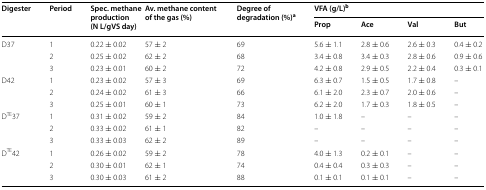
<table><thead><tr><td rowspan="2"><b>Digester</b></td><td rowspan="2"><b>Period</b></td><td rowspan="2"><b>Spec. methane production (N L/gVS day)</b></td><td rowspan="2"><b>Av. methane content of the gas (%)</b></td><td rowspan="2"><b>Degree of degradation (%)<sup>a</sup></b></td><td colspan="4"><b>VFA (g/L)<sup>b</sup></b></td></tr><tr><td><b>Prop</b></td><td><b>Ace</b></td><td><b>Val</b></td><td><b>But</b></td></tr></thead><tbody><tr><td rowspan="3">D37</td><td>1</td><td>0.22 ± 0.02</td><td>57 ± 2</td><td>69</td><td>5.6 ± 1.1</td><td>2.8 ± 0.6</td><td>2.6 ± 0.3</td><td>0.4 ± 0.2</td></tr><tr><td>2</td><td>0.25 ± 0.02</td><td>62 ± 2</td><td>68</td><td>3.4 ± 0.8</td><td>3.4 ± 0.3</td><td>2.8 ± 0.6</td><td>0.9 ± 0.6</td></tr><tr><td>3</td><td>0.23 ± 0.01</td><td>60 ± 2</td><td>72</td><td>4.2 ± 0.8</td><td>2.9 ± 0.5</td><td>2.2 ± 0.4</td><td>0.3 ± 0.1</td></tr><tr><td rowspan="3">D42</td><td>1</td><td>0.23 ± 0.02</td><td>57 ± 3</td><td>69</td><td>6.3 ± 0.7</td><td>1.5 ± 0.5</td><td>1.7 ± 0.8</td><td>–</td></tr><tr><td>2</td><td>0.24 ± 0.02</td><td>61 ± 3</td><td>66</td><td>6.1 ± 2.0</td><td>2.3 ± 0.7</td><td>2.0 ± 0.6</td><td>–</td></tr><tr><td>3</td><td>0.25 ± 0.01</td><td>60 ± 1</td><td>73</td><td>6.2 ± 2.0</td><td>1.7 ± 0.3</td><td>1.8 ± 0.5</td><td>–</td></tr><tr><td rowspan="3">D<sup>TE</sup>37</td><td>1</td><td>0.31 ± 0.02</td><td>59 ± 2</td><td>84</td><td>1.0 ± 1.8</td><td>–</td><td>–</td><td>–</td></tr><tr><td>2</td><td>0.33 ± 0.02</td><td>61 ± 1</td><td>82</td><td>–</td><td>–</td><td>–</td><td>–</td></tr><tr><td>3</td><td>0.33 ± 0.03</td><td>62 ± 2</td><td>89</td><td>–</td><td>–</td><td>–</td><td>–</td></tr><tr><td rowspan="3">D<sup>TE</sup>42</td><td>1</td><td>0.26 ± 0.02</td><td>59 ± 2</td><td>78</td><td>4.0 ± 1.3</td><td>0.2 ± 0.1</td><td>–</td><td>–</td></tr><tr><td>2</td><td>0.30 ± 0.01</td><td>62 ± 1</td><td>74</td><td>0.4 ± 0.4</td><td>0.3 ± 0.3</td><td>–</td><td>–</td></tr><tr><td>3</td><td>0.30 ± 0.03</td><td>61 ± 2</td><td>88</td><td>0.1 ± 0.1</td><td>0.1 ± 0.1</td><td>–</td><td>–</td></tr></tbody></table>